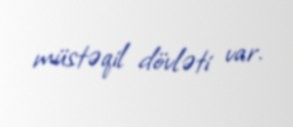
müstəqil dövləti var.